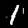
Digit: 1